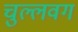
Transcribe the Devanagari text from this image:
चुल्लवग